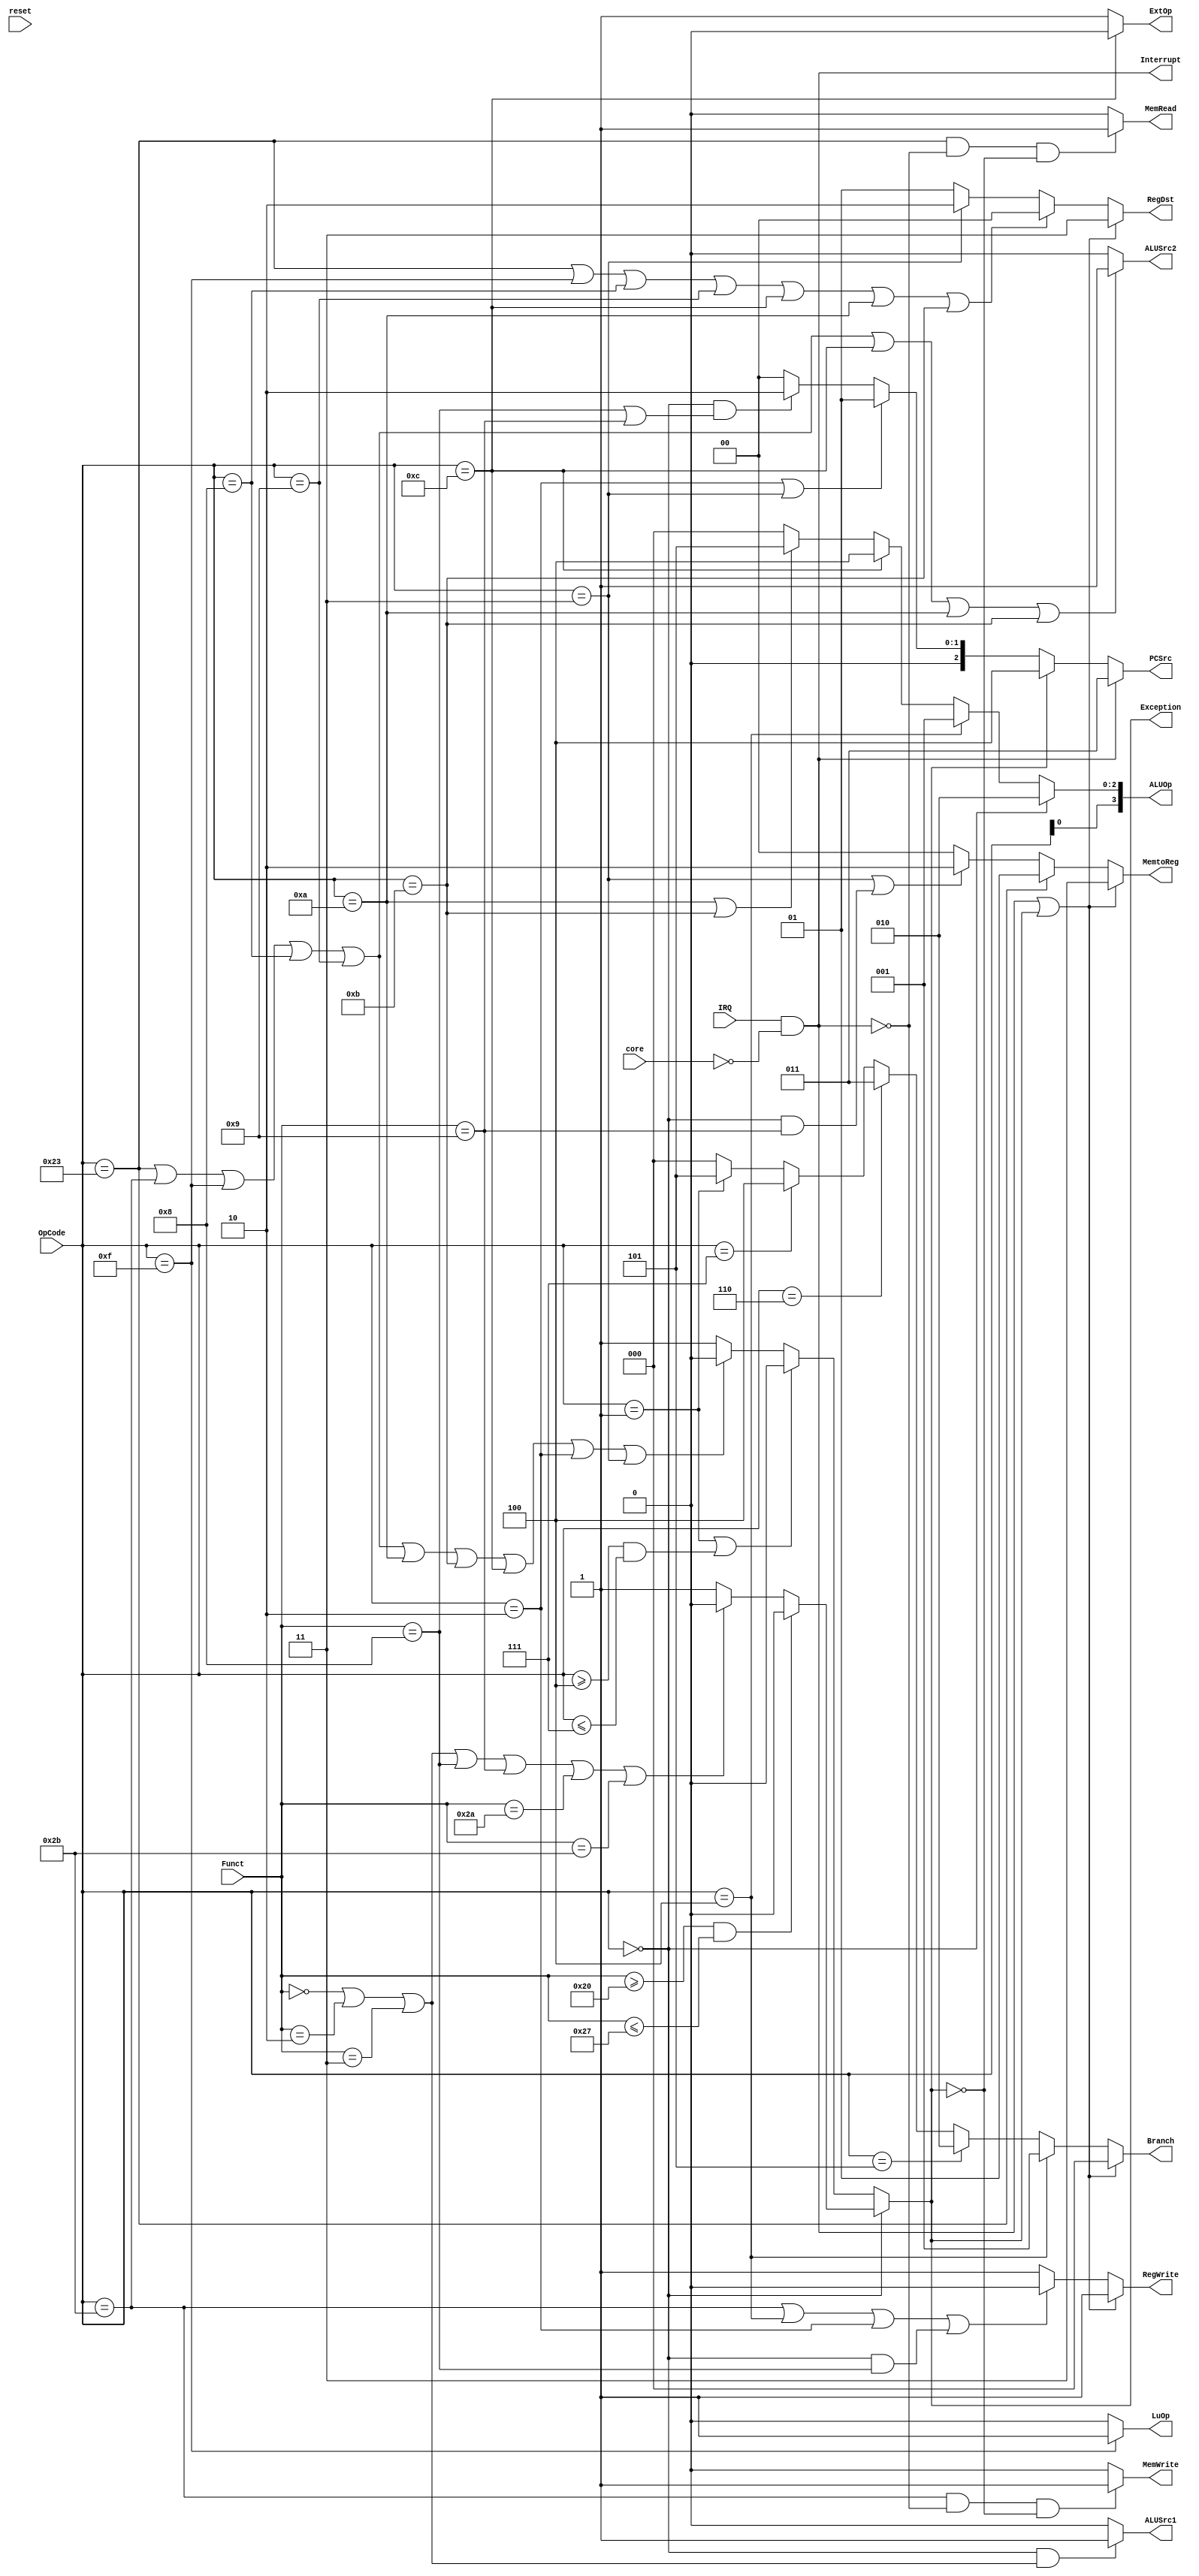
module Control(reset, core, IRQ, OpCode, Funct,
	PCSrc, Branch, RegWrite, RegDst, MemRead, MemWrite, 
	MemtoReg, ALUSrc1, ALUSrc2, ExtOp, LuOp, ALUOp, Interrupt, Exception);
	input reset, IRQ, core;
	input [5:0] OpCode;    
	input [5:0] Funct; //
	output reg [2:0] PCSrc;
	output [2:0] Branch;
	output reg RegWrite;
	output reg [1:0] RegDst;
	output MemRead;
	output MemWrite;
	output reg [1:0] MemtoReg;
	output ALUSrc1;
	output reg ALUSrc2;
	output ExtOp;
	output LuOp;
	output [3:0] ALUOp;
	output Interrupt;
	output reg Exception;
	
	//IE signal
	assign Interrupt = IRQ && (!core);
	always @(OpCode or Funct) begin
	   if (OpCode == 6'h00) begin
	       if (Funct>=6'h20 && Funct <= 6'h27) begin
	           Exception <= 1'b0;
	       end
	       else if (Funct == 6'h00 || Funct == 6'h02 || Funct == 6'h03 || Funct == 6'h08 || Funct == 6'h09 || Funct == 6'h2a || Funct == 6'h2b) begin
	           Exception <= 1'b0;
	       end
	       else begin
	           Exception <= 1'b1;
	       end
	   end
	   else if (OpCode == 6'h01 || (OpCode >= 6'h04 && OpCode <= 6'h07)) begin
	       Exception <= 1'b0;
	   end
	   else if (OpCode == 6'h23 || OpCode == 6'h2b || OpCode == 6'h0f || OpCode == 6'h08 || OpCode == 6'h09 || OpCode == 6'h0a || OpCode == 6'h0b || OpCode == 6'h0c || OpCode == 6'h02 || OpCode == 6'h03) begin
	       Exception <= 1'b0;
	   end
	   else begin
	       Exception <= 1'b1;
	   end
	end
	//PCSrc
	always @(OpCode or Funct or Interrupt or Exception) begin
	   if (Interrupt) begin
	       PCSrc <= 3'b011;
	   end
	   else if (Exception) begin
	       PCSrc <= 3'b100;
	   end
	   else if(OpCode==6'h02 || OpCode==6'h03) begin
	       PCSrc <= 3'b01;
	   end
	   else if(OpCode==0 && (Funct==6'h08 || Funct==6'h09)) begin
	       PCSrc <= 3'b10;
	   end
	   else begin
	       PCSrc <= 3'b00;
	   end
	end
	//Branch
	assign Branch=(Interrupt || Exception)? 3'd0: 
	              (OpCode==6'b000100)? 3'd1:
	              (OpCode==6'b000101)? 3'd2:
	              (OpCode==6'b000110)? 3'd3:
	              (OpCode==6'b000111)? 3'd4:
	              (OpCode==6'b000001)? 3'd5: 3'd0;
	//RegWrite
	always @(OpCode or Funct or Interrupt or Exception) begin
	   if (Interrupt || Exception) begin
	       RegWrite <= 1'b1;
	   end
	   else if(OpCode==6'h2b || OpCode==6'h04 || OpCode==6'h02 ||(OpCode==0 && Funct==6'h08)) begin
	       RegWrite <= 1'b0;
	   end
	   else begin
	       RegWrite <= 1'b1;
	   end
	end
	//RegDst
	always @(OpCode or Funct or Interrupt or Exception) begin
        if (Interrupt || Exception) begin
            RegDst <= 2'b11; //$26
        end
        else if(OpCode==6'h23 || OpCode==6'h0f || OpCode==6'h08 || OpCode==6'h09 || OpCode==6'h0c || OpCode==6'h0a || OpCode==6'h0b) begin
            RegDst <= 0;
        end
        else if(OpCode==6'h03) begin
            RegDst <= 2'b10;
        end
        else begin
            RegDst <= 2'b01;
        end
    end
    //MemRead
	assign MemRead = (OpCode==6'h23 && !Interrupt && !Exception)? 1: 0;
	//MemWrite
	assign MemWrite = (OpCode==6'h2b && !Interrupt && !Exception)? 1: 0;
	//MemtoReg
	always @(OpCode or Funct or Interrupt or Exception) begin
        if (Interrupt || Exception) begin
            MemtoReg <= 2'b11;
        end
        else if(OpCode==6'h23) begin
            MemtoReg <= 2'b01;
        end
        else if(OpCode==6'h03 || (OpCode==0 && Funct==6'h09)) begin
            MemtoReg <= 2'b10;
        end
        else begin
            MemtoReg <= 0;
        end
    end
	//ALUSrc1
	assign ALUSrc1=(OpCode==6'h0 && (Funct==6'h0 || Funct==6'h02 || Funct==6'h03))?1:0;
	//ALUSrc2
	always @(OpCode or Funct) begin
        if(OpCode==6'h23 || OpCode==6'h2b || OpCode==6'h0f || OpCode==6'h08 || OpCode==6'h09 || OpCode==6'h0c || OpCode==6'h0a ||OpCode==6'h0b) begin
            ALUSrc2 <= 1;
        end
        else begin
            ALUSrc2 <= 0;
        end
    end
    //ExtOp
    assign ExtOp=(OpCode==6'h0c)?0:1;
    //LuOp
	assign LuOp=(OpCode==6'h0f)?1:0;
	//ALUOp
	assign ALUOp[2:0] = 
		(OpCode == 6'h00)? 3'b010: 
		(OpCode == 6'h04)? 3'b001: 
		(OpCode == 6'h0c)? 3'b100: 
		(OpCode == 6'h0a || OpCode == 6'h0b)? 3'b101: 
		3'b000;
	assign ALUOp[3] = OpCode[0];
	
endmodule